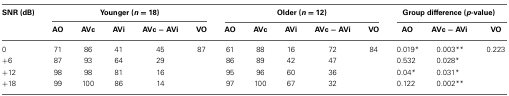
<table><thead><tr><td><b>SNR (dB)</b></td><td colspan="5"><b>Younger (<i>n</i> = 18)</b></td><td colspan="5"><b>Older (<i>n</i> = 12)</b></td><td colspan="3"><b>Group difference (<i>p</i>-value)</b></td></tr><tr><td></td><td><b>AO</b></td><td><b>AVc</b></td><td><b>AVi</b></td><td><b>AVc − AVi</b></td><td><b>VO</b></td><td><b>AO</b></td><td><b>AVc</b></td><td><b>AVi</b></td><td><b>AVc − AVi</b></td><td><b>VO</b></td><td><b>AO</b></td><td><b>AVc − AVi</b></td><td><b>VO</b></td></tr></thead><tbody><tr><td>0</td><td>71</td><td>86</td><td>41</td><td>45</td><td>87</td><td>61</td><td>88</td><td>16</td><td>72</td><td>84</td><td>0.019<sup>*</sup></td><td>0.003<sup>**</sup></td><td>0.223</td></tr><tr><td>+6</td><td>87</td><td>93</td><td>64</td><td>29</td><td></td><td>86</td><td>89</td><td>42</td><td>47</td><td></td><td>0.532</td><td>0.028<sup>*</sup></td><td></td></tr><tr><td>+12</td><td>98</td><td>98</td><td>81</td><td>16</td><td></td><td>95</td><td>96</td><td>60</td><td>36</td><td></td><td>0.04<sup>*</sup></td><td>0.031<sup>*</sup></td><td></td></tr><tr><td>+18</td><td>99</td><td>100</td><td>86</td><td>14</td><td></td><td>97</td><td>100</td><td>67</td><td>32</td><td></td><td>0.122</td><td>0.002<sup>**</sup></td><td></td></tr></tbody></table>